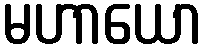
မဟာယော